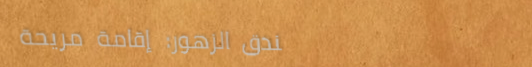
فندق الزهور: إقامة مريحة